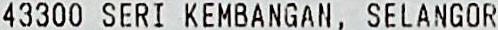
43300 SERI KEMBANGAN, SELANGOR